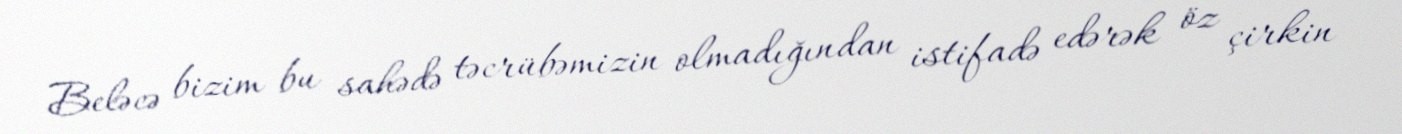
Beləcə bizim bu sahədə təcrübəmizin olmadığından istifadə edərək öz çirkin